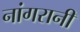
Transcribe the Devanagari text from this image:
नांगरानी